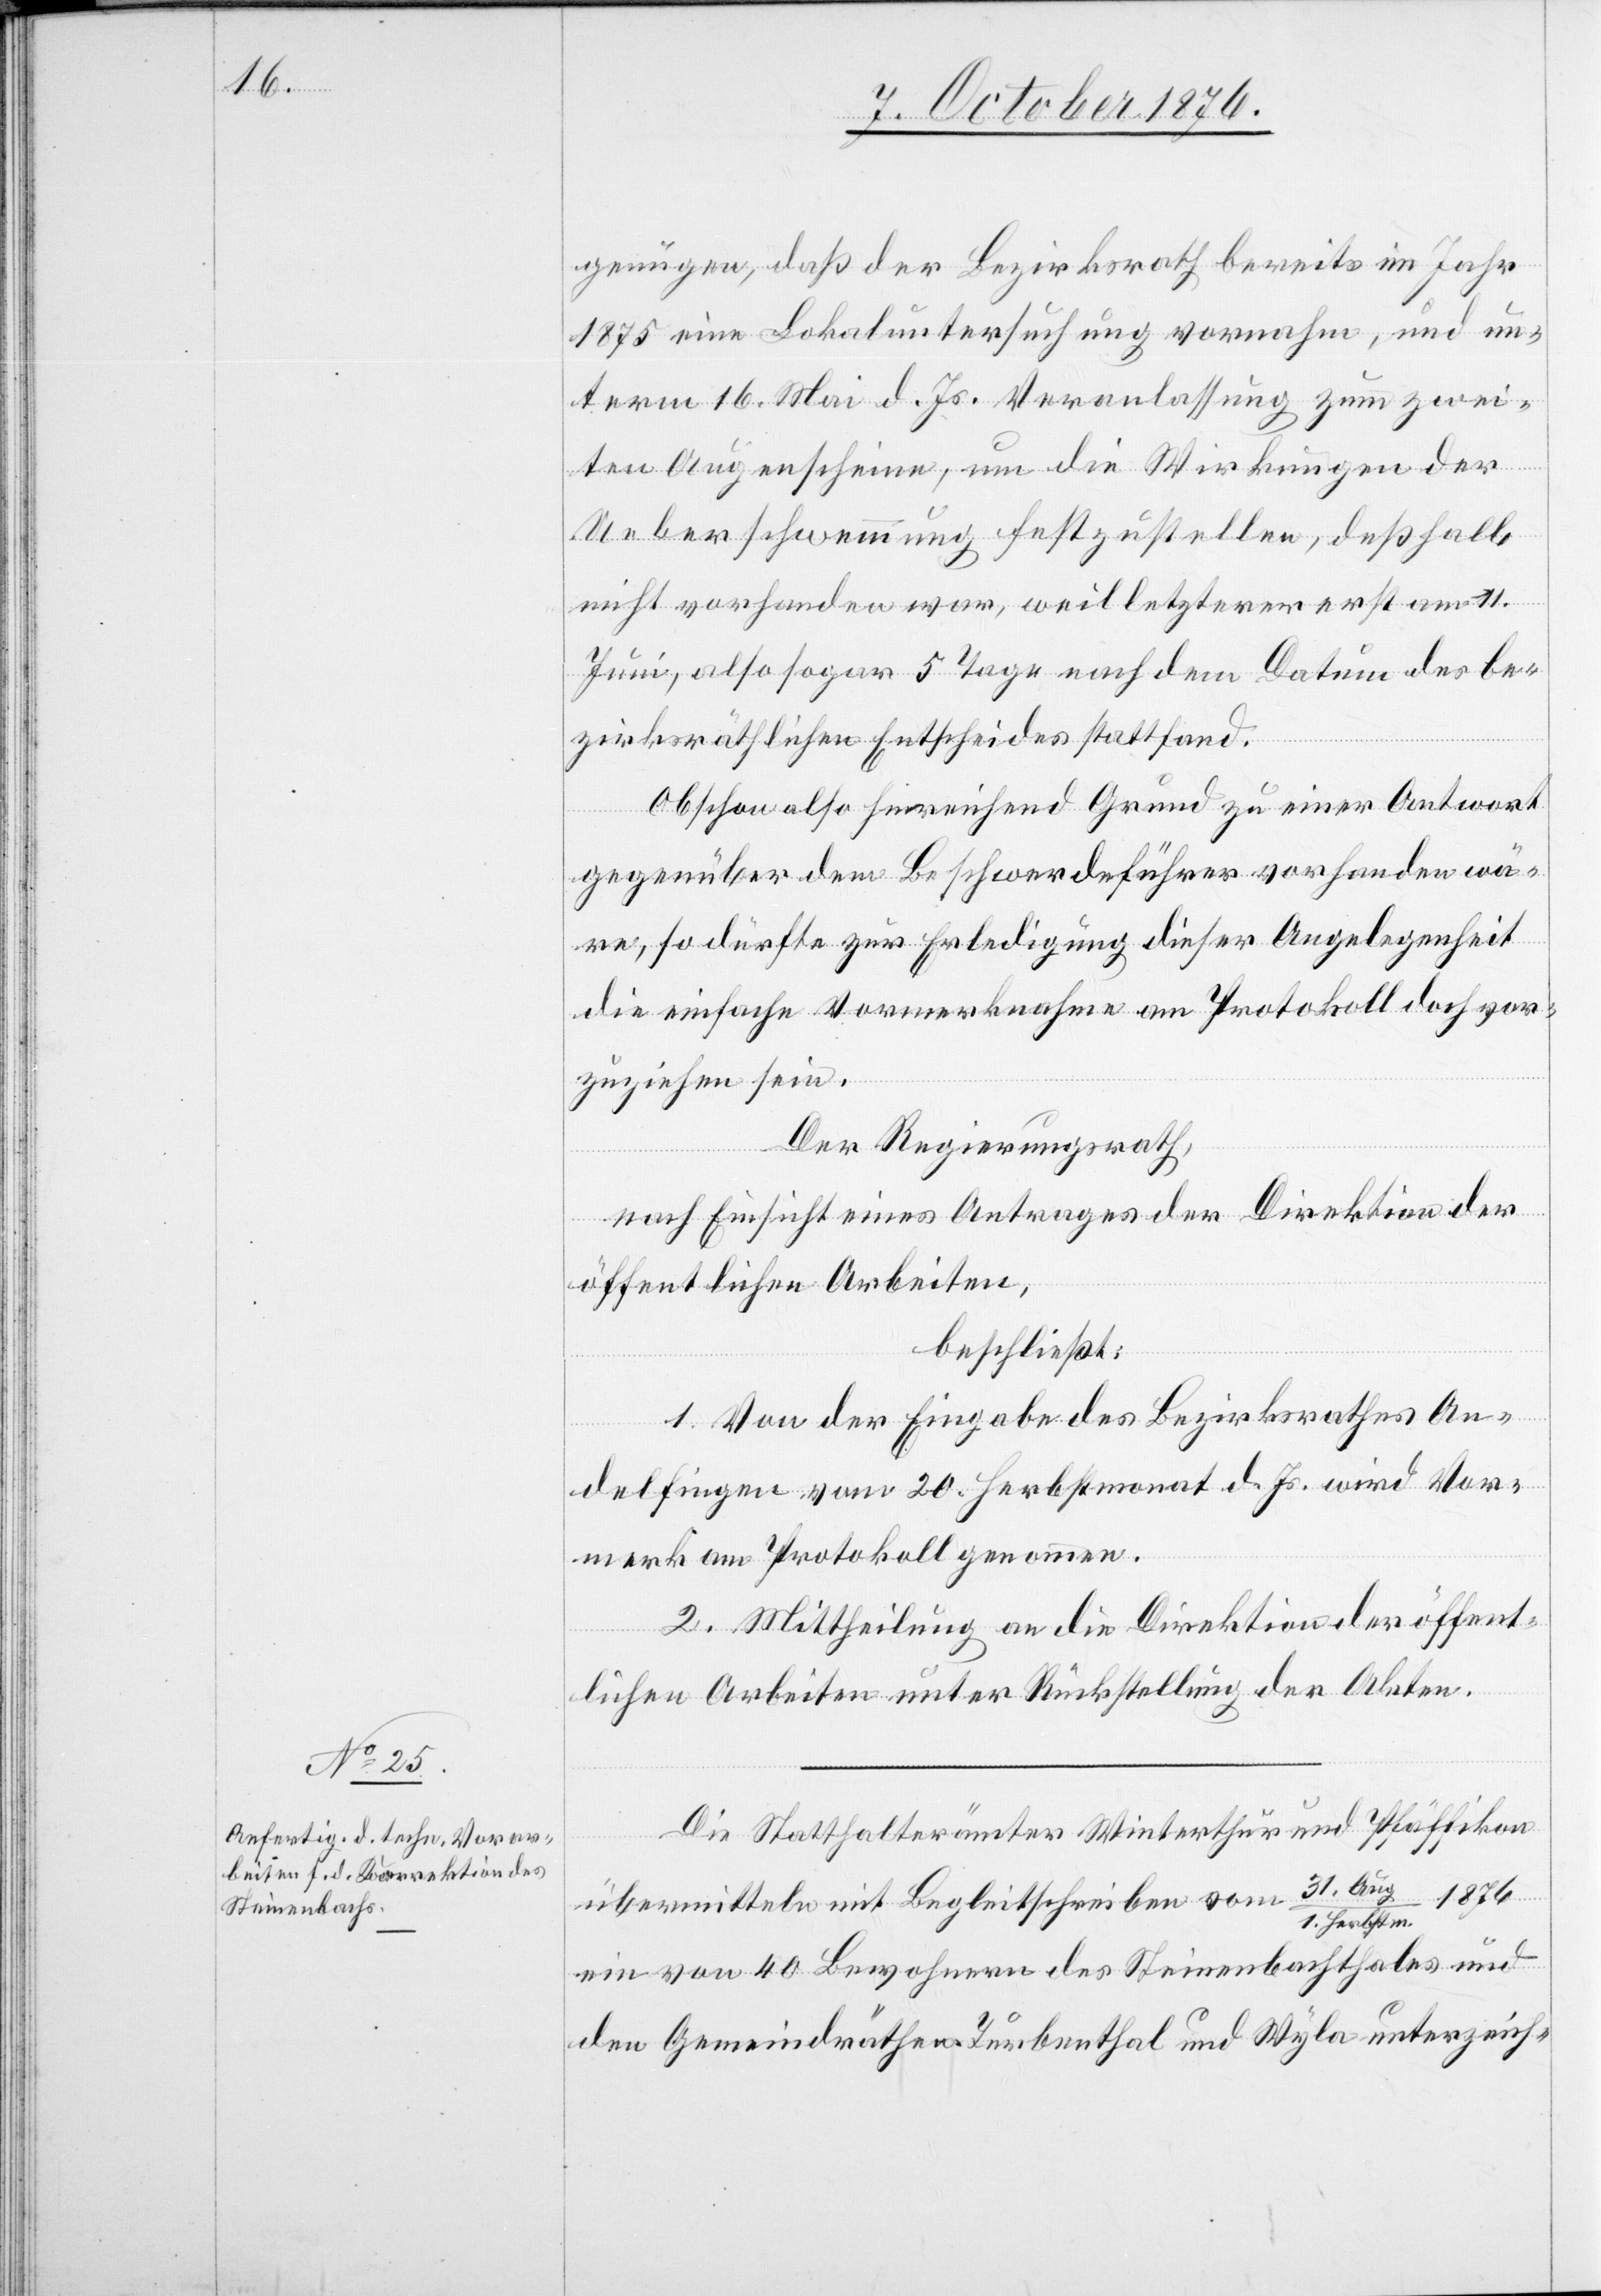
genügen, daß der Bezirksrath bereits im Jahr
1875 eine Lokaluntersuchung vornahm, und un¬
term 16. Mai d. Js. Veranlassung zum zwei¬
ten Augenscheine, um die Wirkungen der
Ueberschwemmung festzustellen, deßhalb
nicht vorhanden war, weil letzterer erst am 11.
Juni, also sogar 5 Tage nach dem Datum des be¬
zirksräthlichen Entscheides stattfand.
Obschon also hinreichend Grund zu einer Antwort
gegenüber dem Beschwerdeführer vorhanden wä¬
re, so dürfte zur Erledigung dieser Angelegenheit
die einfache Vormerknahme am Protokoll doch vor¬
zuziehen sein.
Der Regierungsrath,
nach Einsicht eines Antrages der Direktion der
öffentlichen Arbeiten,
beschließt:
1. Von der Eingabe des Bezirksrathes An¬
delfingen vom 20. Herbstmonat d. Js. wird Vor¬
merk am Protokoll genommen.
2. Mittheilung an die Direktion der öffent¬
lichen Arbeiten unter Rückstellung der Akten.
Die Statthalterämter Winterthur und Pfäffikon
übermitteln mit Begleitschreiben vom 31. Aug./1.
Herbstm.
ein von 40 Bewohnern des Steinenbachthales und
den Gemeindräthen Turbenthal und Wyla unterzeich-